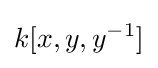
k[x,y,y^{-1}]